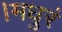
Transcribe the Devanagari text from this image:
।मधुरं